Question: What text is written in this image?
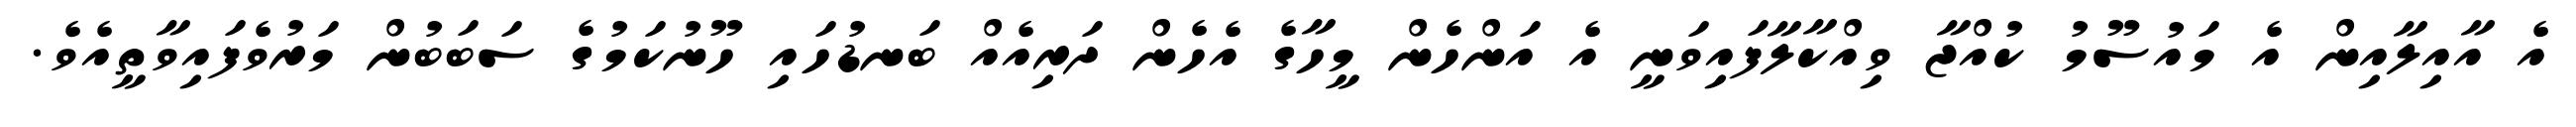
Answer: އެ އާއިލާއިން އެ މައުސޫމު ކުއްޖާ ވިއްކާލާފައިވަނީ އެ އަންހެން މީހާގެ އެހެން ދަރިއެއް ބަނޑުހައި ހޫނުކަމުގެ ސަބަބުން މަރުވެފައިވާތީއެވެ.